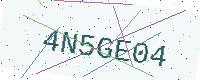
Text: 4N5GE04